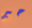
حبر